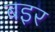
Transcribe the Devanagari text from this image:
बइर